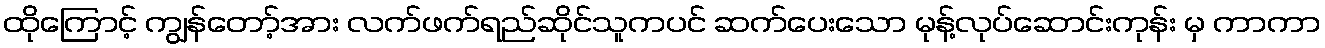
ထိုကြောင့် ကျွန်တော့်အား လက်ဖက်ရည်ဆိုင်သူကပင် ဆက်ပေးသော မုန့်လုပ်ဆောင်းကုန်း မှ ကာကာ